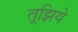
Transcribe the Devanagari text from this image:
तूझिये